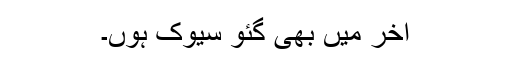
آخر میں بھی گئو سیوک ہوں۔